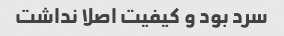
سرد بود و کیفیت اصلا نداشت